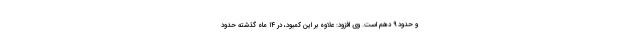
و حدود ۹ دهم است. وی افزود: علاوه بر این کمبود، در ۱۴ ماه گذشته حدود